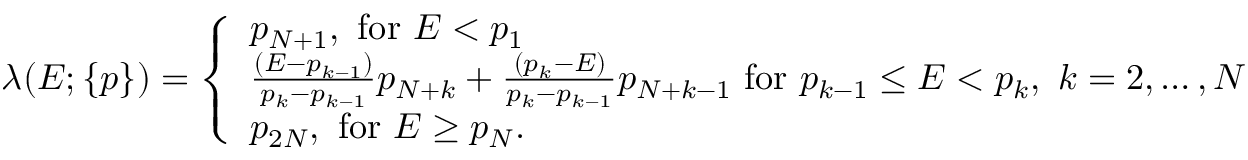
\begin{array} { r } { \lambda ( E ; \{ p \} ) = \left\{ \begin{array} { l l } { p _ { N + 1 } , \mathrm { ~ f o r ~ } E < p _ { 1 } } \\ { \frac { ( E - p _ { k - 1 } ) } { p _ { k } - p _ { k - 1 } } p _ { N + k } + \frac { ( p _ { k } - E ) } { p _ { k } - p _ { k - 1 } } p _ { N + k - 1 } \mathrm { ~ f o r ~ } p _ { k - 1 } \le E < p _ { k } , \ k = 2 , \ldots , N } \\ { p _ { 2 N } , \mathrm { ~ f o r ~ } E \ge p _ { N } . } \end{array} \right. } \end{array}